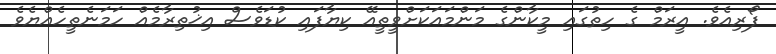
ފޯރިއެވެ. އީރަމް ގެ ހިތުގައި މީކާންގެ މަންމައަކަށްވީތީއޭ ކިޔާފައި ކުޑަވެސް އިޚުތިރާމެއް ހަމަނެތީހެއްޔެވެ